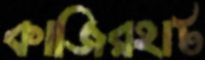
কাজিরহাট